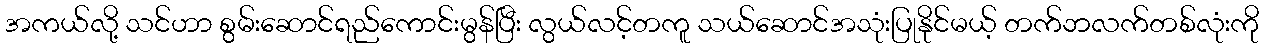
အကယ်လို့ သင်ဟာ စွမ်းဆောင်ရည်ကောင်းမွန်ပြီး လွယ်လင့်တကူ သယ်ဆောင်အသုံးပြုနိုင်မယ့် တက်ဘလက်တစ်လုံးကို